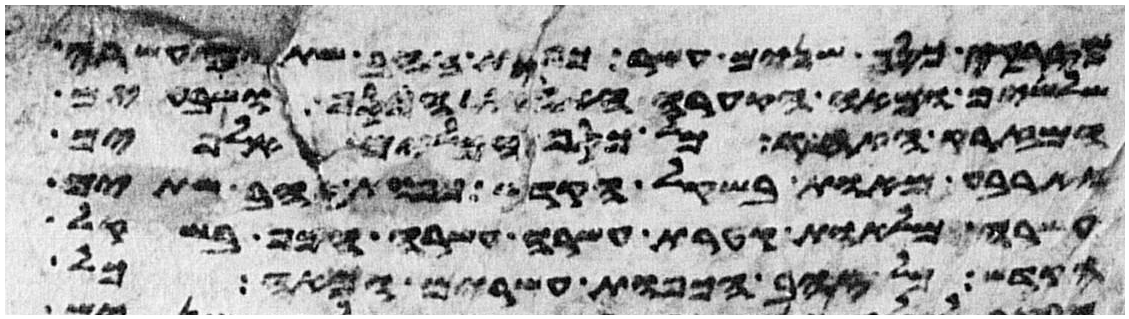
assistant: מזרקי כסף שנים עשר כפות זהב שתים עשרה
שלשים ומאה הקערה האחת הכסף ושבעים
המזרק האחד כל כסף הכלים אלפים
וארבע מאות בשקל הקדש כפות זהב שתים
עשרה מלאות קטרת עשרה עשרה הכף בשקל
הקדש כל זהב הכפות עשרים ומאה כל